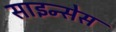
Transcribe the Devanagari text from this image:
साइन्सेस